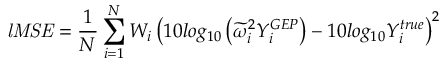
\mathit { l M S E } = \frac { 1 } { N } \sum _ { i = 1 } ^ { N } W _ { i } \left( 1 0 l o g _ { 1 0 } \left( \widetilde { \omega } _ { i } ^ { 2 } Y _ { i } ^ { G E P } \right) - 1 0 l o g _ { 1 0 } Y _ { i } ^ { t r u e } \right) ^ { 2 }